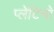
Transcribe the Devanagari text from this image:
प्लेटिनो